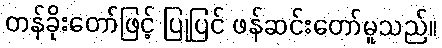
တန်ခိုးတော်ဖြင့် ပြုပြင် ဖန်ဆင်းတော်မူသည်။